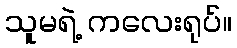
သူမရဲ့ ကလေးရုပ်။